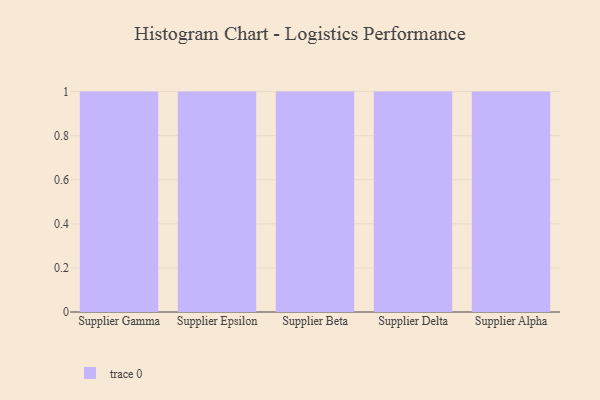
{"axis": {"x": "Supplier", "y": "Revenue (USD Million)"}, "legend": [""], "data": [{"x": "Supplier Gamma", "y": 92, "type": ""}, {"x": "Supplier Epsilon", "y": 99, "type": ""}, {"x": "Supplier Beta", "y": 97, "type": ""}, {"x": "Supplier Delta", "y": 87, "type": ""}, {"x": "Supplier Alpha", "y": 97, "type": ""}]}